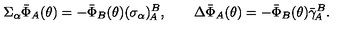
\Sigma _ { \alpha } \bar { \Phi } _ { A } ( \theta ) = - \bar { \Phi } _ { B } ( \theta ) ( \sigma _ { \alpha } ) _ { \! A } ^ { B } , \qquad \Delta \bar { \Phi } _ { A } ( \theta ) = - \bar { \Phi } _ { B } ( \theta ) { \bar { \gamma } } _ { \! A } ^ { B } .